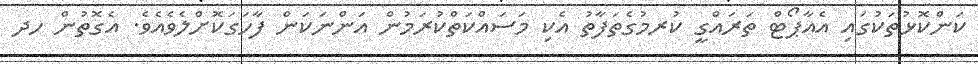
ކަންކޮޅުތަކުގައި އެއާޕޯޓް ތަރައްގީ ކުރމުގެތަފާތު އެކި މަސައްކަތްކުރަމުން އަންނަކަން ފާހަގަކޮށްލެވެއެވެ. އެގޮތުން ހދ